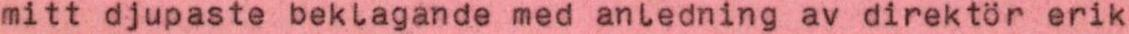
mitt djupaste beklagande med anledning av direktör erik